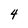
Character: 4